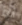
أنم